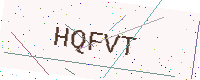
Text: HQFVT